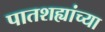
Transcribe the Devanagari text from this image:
पातशह्यांच्या